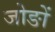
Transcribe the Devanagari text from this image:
जोङों